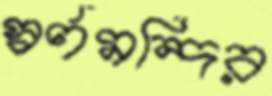
স্বর্ণমন্দির